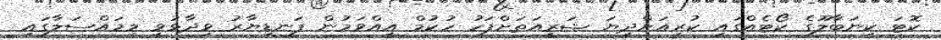
ކޮޓަ ކިނަބާލޫގެ ކޯޓެއްގައި ކުރިއަށްދިޔަ ޝަރީއަތަށްފަހު ހުކުމް އިއްވަމުން ފަނޑިޔާރު ވިދާޅުވީ މިމައްސަލާގައި